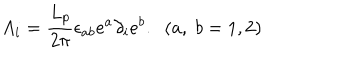
LaTeX: A _ { i } = \frac { L _ { p } } { 2 \pi } \epsilon _ { a b } e ^ { a } \partial _ { i } e ^ { b } . \; \; ( a , \; b = 1 , 2 )